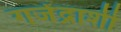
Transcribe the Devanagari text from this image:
गजेंद्राशी